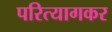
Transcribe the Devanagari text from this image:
परित्यागकर